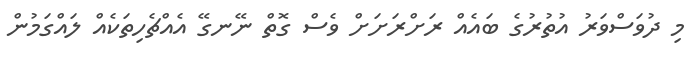
މި ދުވަސްވަރު އުތުރުގެ ބައެއް ރަށްރަށަށް ވެސް ގޮތް ނޭނގޭ އެއްޗެހިތަކެއް ލައްގަމުން